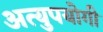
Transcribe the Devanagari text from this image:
अत्युपयोगी